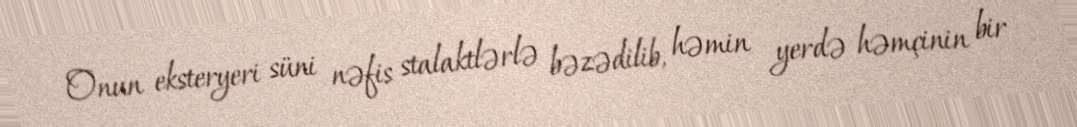
Onun eksteryeri süni nəfis stalaktlərlə bəzədilib, həmin yerdə həmçinin bir